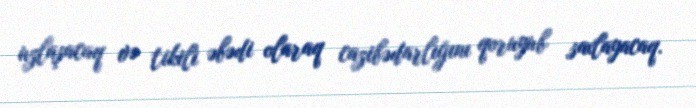
uzlaşacaq və tikili əbədi olaraq cazibədarlığını qoruyub saxlayacaq.